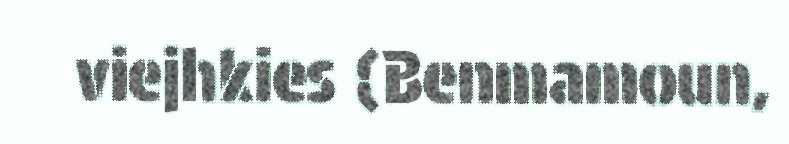
viejhkies (Benmamoun,